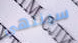
سينتهى